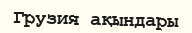
Грузия ақындары